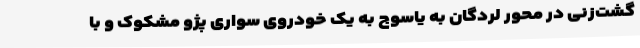
گشت‌زنی در محور لردگان به یاسوج به یک خودروی سواری پژو مشکوک و با